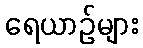
ရေယာဉ်များ